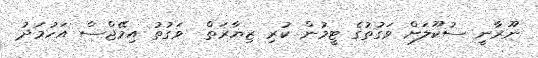
ނޫރާނީ ސުކޫލަށް ވަގުތުގެ ޓީމުން ކުރި ޒިޔާރަތް  ވަގުތު އިމޭޖްސް އަހުމަދު